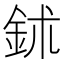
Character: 鉥